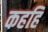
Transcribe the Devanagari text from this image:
कहहि